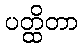
ပတ္ထိတာ